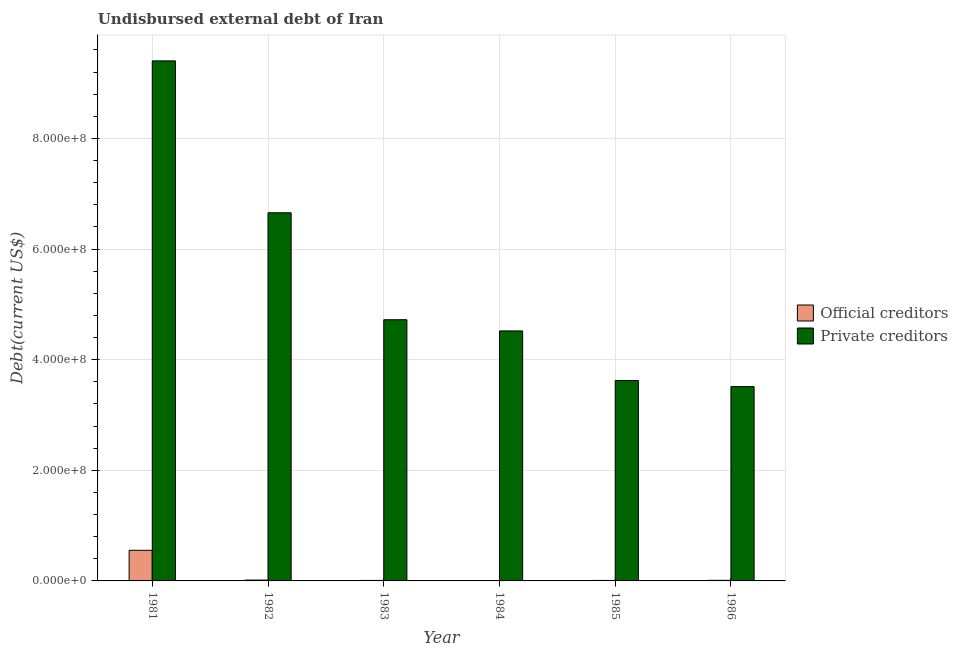
| Year | Official creditors | Private creditors |
 | --- | --- | --- |
 | 1981 | 5.54e+07 | 9.4e+08 |
 | 1982 | 1.55e+06 | 6.66e+08 |
 | 1983 | 9.22e+05 | 4.72e+08 |
 | 1984 | 6.73e+05 | 4.52e+08 |
 | 1985 | 8.89e+05 | 3.62e+08 |
 | 1986 | 1.06e+06 | 3.51e+08 |